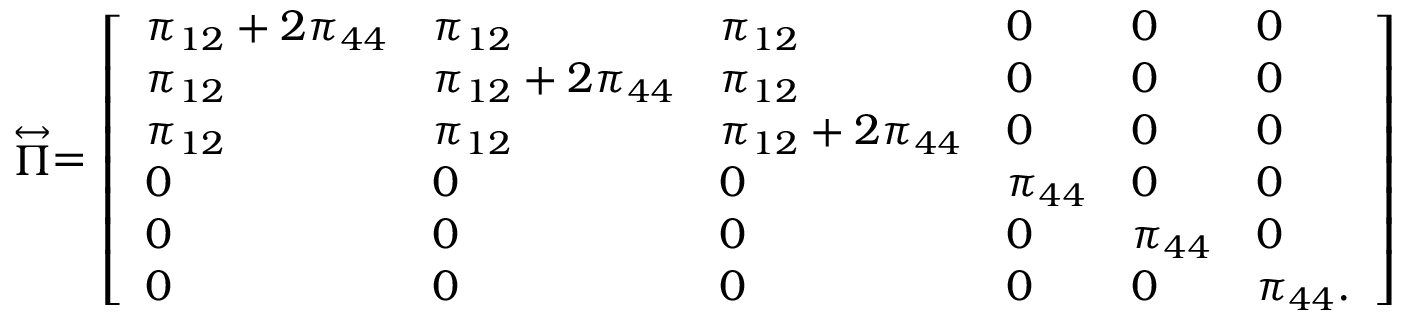
\stackrel { \leftrightarrow } { \Pi } = \left[ \begin{array} { l l l l l l } { \pi _ { 1 2 } + 2 \pi _ { 4 4 } } & { \pi _ { 1 2 } } & { \pi _ { 1 2 } } & { 0 } & { 0 } & { 0 } \\ { \pi _ { 1 2 } } & { \pi _ { 1 2 } + 2 \pi _ { 4 4 } } & { \pi _ { 1 2 } } & { 0 } & { 0 } & { 0 } \\ { \pi _ { 1 2 } } & { \pi _ { 1 2 } } & { \pi _ { 1 2 } + 2 \pi _ { 4 4 } } & { 0 } & { 0 } & { 0 } \\ { 0 } & { 0 } & { 0 } & { \pi _ { 4 4 } } & { 0 } & { 0 } \\ { 0 } & { 0 } & { 0 } & { 0 } & { \pi _ { 4 4 } } & { 0 } \\ { 0 } & { 0 } & { 0 } & { 0 } & { 0 } & { \pi _ { 4 4 } . } \end{array} \right]